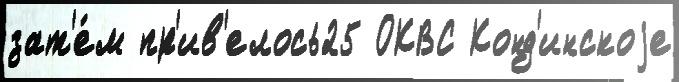
зат'е́м пр'ив'елось25 ОКВС Конд'инскоjе